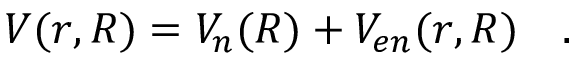
\begin{array} { r } { V ( r , R ) = V _ { n } ( R ) + V _ { e n } ( r , R ) \quad . } \end{array}